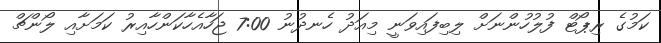
ކަމުގެ ރިޕޯޓް ފުލުހުންނަށް ލިބިފައިވަނީ މިއަދު ހެނދުނު 7:00 ޖަހާއެހާކަންހާއިރު ކަމަށާއި ލޯންޗް